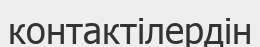
контактілердін